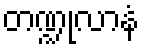
တဏ္ဍုလာနံ